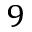
9